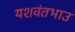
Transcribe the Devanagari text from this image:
यशवंतभाउ